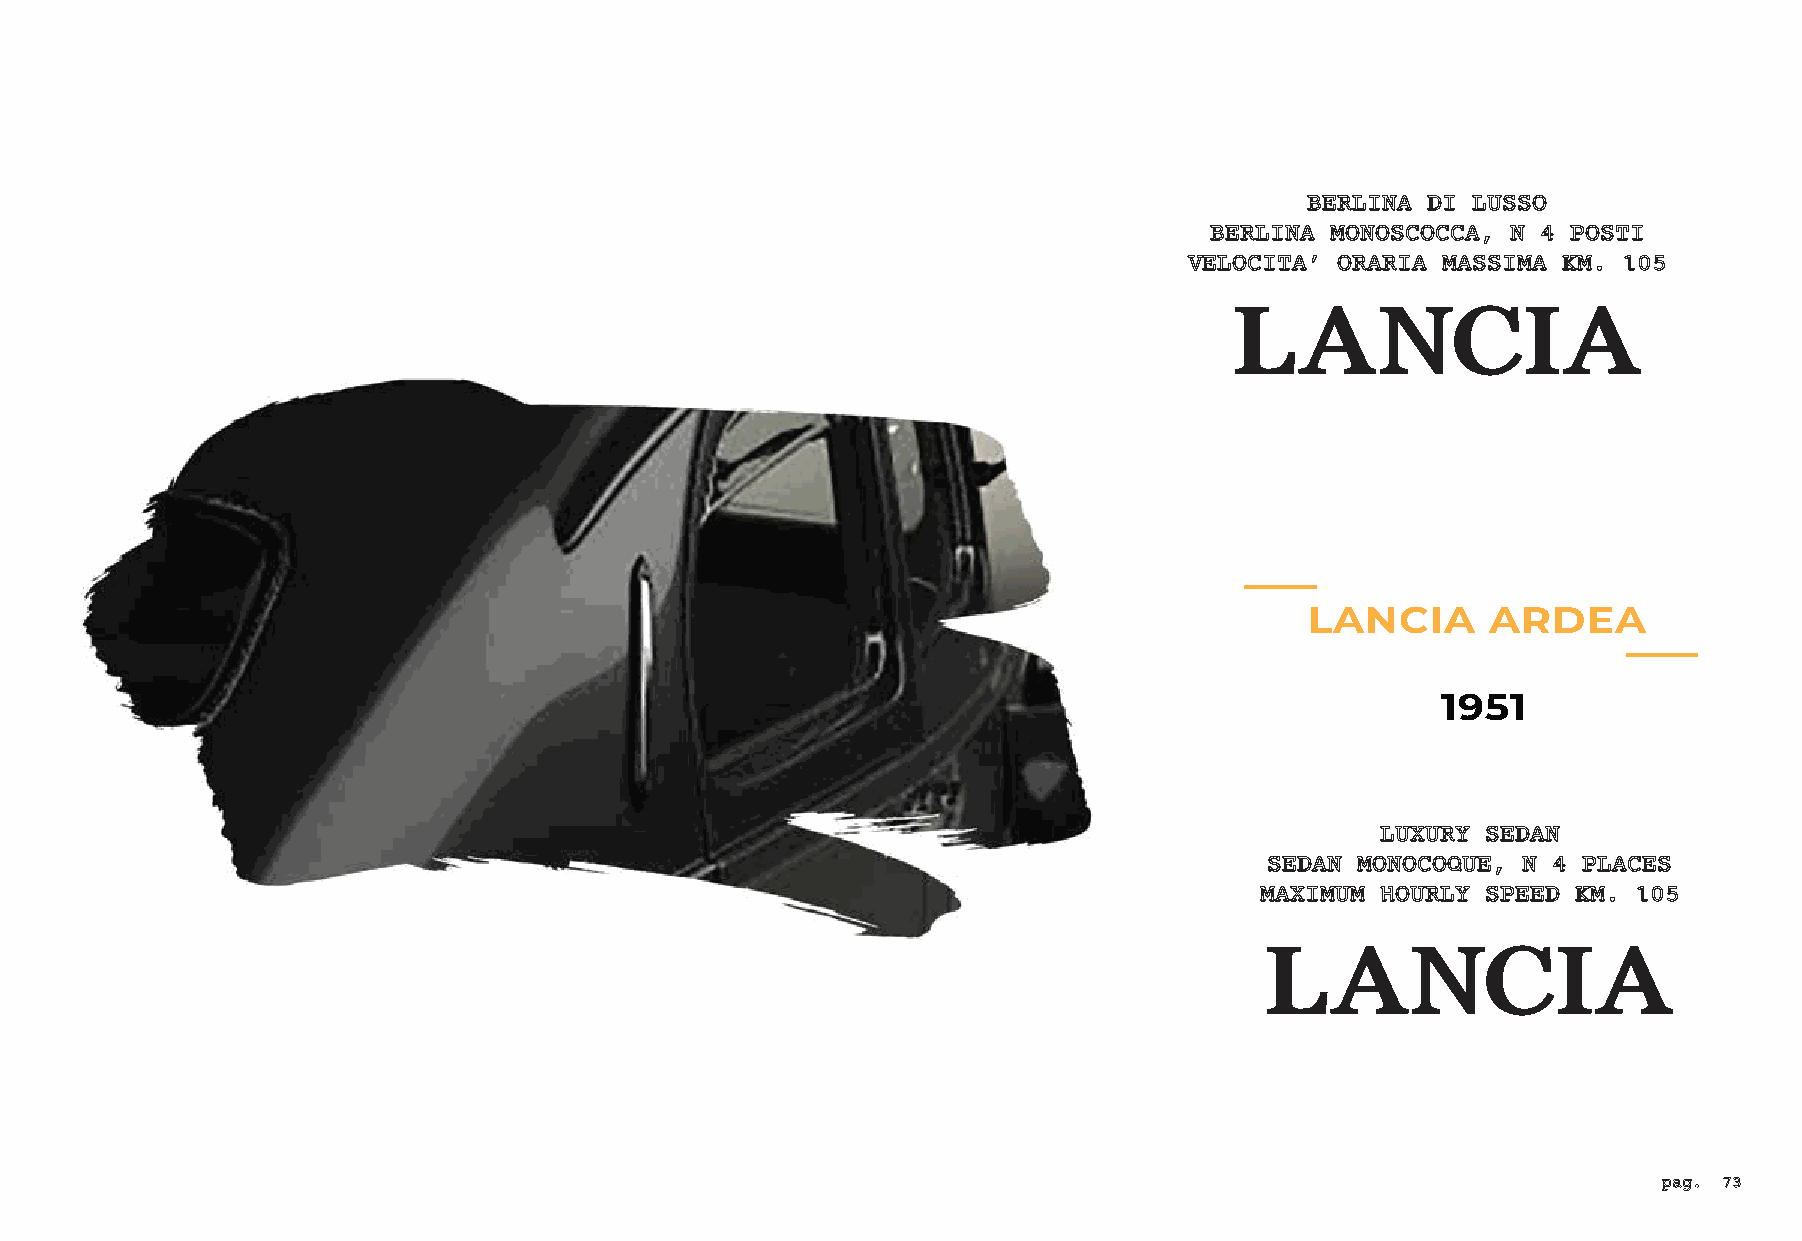
BERLINA DI LUSSO
 BERLINA MONOSCOCCA, N 4 POSTI
 VELOCITA’ ORARIA MASSIMA KM. 105
 LANCIA
 LANCIA      ARDEA
 1951
 LUXURY SEDAN
 SEDAN MONOCOQUE, N 4 PLACES
 MAXIMUM HOURLY SPEED KM. 105
 LANCIA
 pag. 73